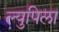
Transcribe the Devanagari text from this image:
ल्युपिला